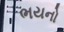
ભયનો